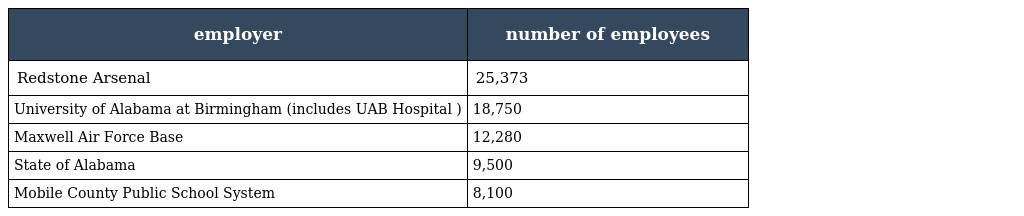
| employer | number of employees |
 | --- | --- |
 | Redstone Arsenal | 25,373 |
 | University of Alabama at Birmingham (includes UAB Hospital ) | 18,750 |
 | Maxwell Air Force Base | 12,280 |
 | State of Alabama | 9,500 |
 | Mobile County Public School System | 8,100 |